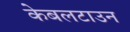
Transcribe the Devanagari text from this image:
केबलटाउन